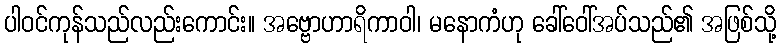
ပါဝင်ကုန်သည်လည်းကောင်း။ အဗ္ဗောဟာရိကာဝါ၊ မနောကံဟု ခေါ်ဝေါ်အပ်သည်၏ အဖြစ်သို့